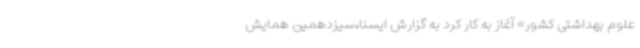
علوم بهداشتی کشور» آغاز به کار کرد به گزارش ایسنا،سیزدهمین همایش